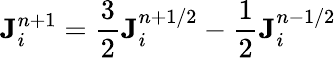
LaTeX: {\mathbf{J}}_{i}^{n+1}=\frac{3}{2}{\mathbf{J}}_{i}^{n+1/2}-\frac{1}{2}{\mathbf{J}}_{i}^{n-1/2}